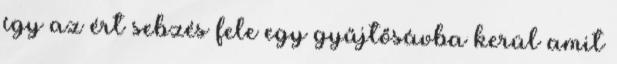
így az ért sebzés fele egy gyűjtősávba kerül amit